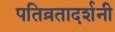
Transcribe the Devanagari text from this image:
पतिव्रतादर्शनी